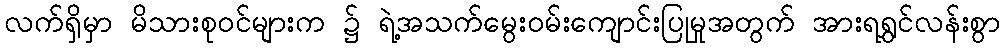
လက်ရှိမှာ မိသားစုဝင်များက ၌ ရဲ့အသက်မွေးဝမ်းကျောင်းပြုမှုအတွက် အားရရွှင်လန်းစွာ